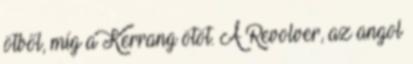
ötből, míg a Kerrang ötöt. A Revolver, az angol